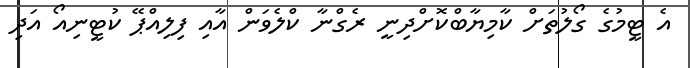
އެ ޓީމުގެ ގޯލުތަށް ކާމިޔާބްކޮށްދިނީ ރެގްނާ ކްލެވަން އާއި ފިލިއްޕޭ ކުޓީނިއޯ އަދި